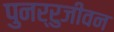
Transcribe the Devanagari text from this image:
पुनर्रुजीवन